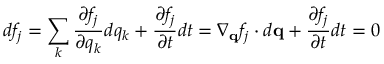
d f _ { j } = \sum _ { k } \frac { \partial f _ { j } } { \partial q _ { k } } d q _ { k } + \frac { \partial f _ { j } } { \partial t } d t = \nabla _ { \mathbf { q } } f _ { j } \cdot d \mathbf { q } + \frac { \partial f _ { j } } { \partial t } d t = 0